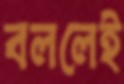
বললেই